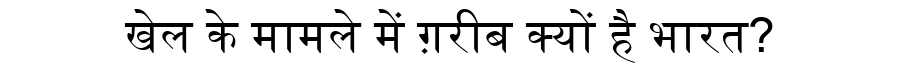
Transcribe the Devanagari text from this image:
खेल के मामले में ग़रीब क्यों है भारत?